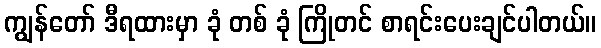
ကျွန်တော် ဒီရထားမှာ ခုံ တစ် ခုံ ကြိုတင် စာရင်းပေးချင်ပါတယ်။